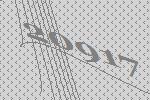
20917